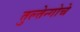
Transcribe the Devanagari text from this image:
तुल्तेन्गोचे